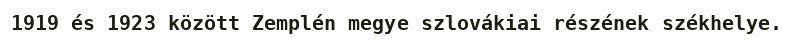
1919 és 1923 között Zemplén megye szlovákiai részének székhelye.